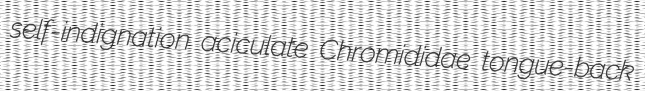
self-indignation aciculate Chromididae tongue-back